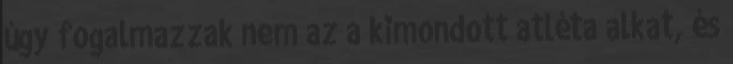
úgy fogalmazzak nem az a kimondott atléta alkat, és